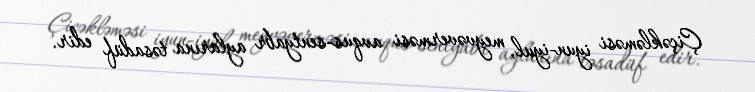
Çiçəkləməsi iyun-iyul, meyvəverməsi avqus-sentyabr aylarına təsadüf edir.